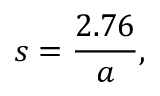
s = { \frac { 2 . 7 6 } { a } } ,